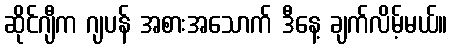
ဆိုင်ဂျီက ဂျပန် အစားအသောက် ဒီနေ့ ချက်လိမ့်မယ်။